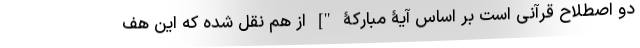
دو اصطلاح قرآنی است بر اساس آیۀ مبارکۀ "] از هم نقل شده که این هف